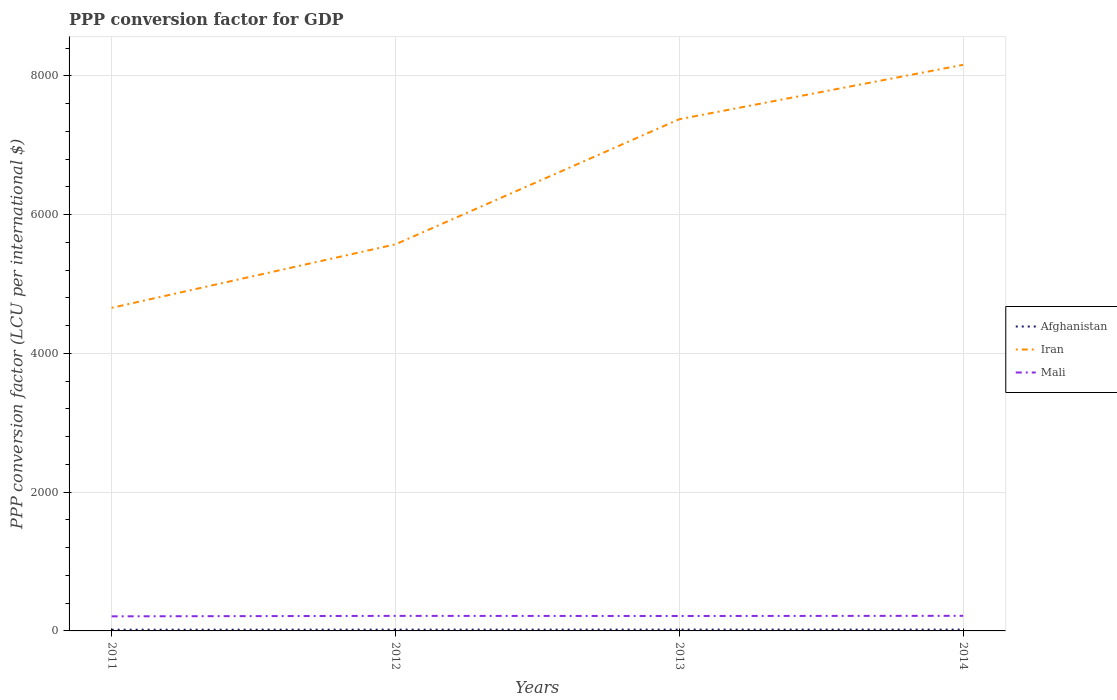
| Years | Afghanistan | Iran | Mali |
 | --- | --- | --- | --- |
 | 2011 | 17.4 | 4.66e+03 | 210 |
 | 2012 | 18.5 | 5.57e+03 | 217 |
 | 2013 | 19.1 | 7.38e+03 | 215 |
 | 2014 | 18.8 | 8.16e+03 | 218 |